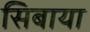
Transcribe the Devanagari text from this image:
सिबाया